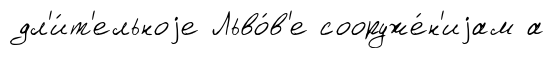
дл'и́т'ельноjе Льво́в'е сооруже́н'иjам а